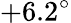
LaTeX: +6.2^{\circ}